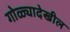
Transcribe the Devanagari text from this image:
गोळ्यादेखील